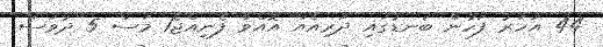
44 އަހަރު ފަހުން ބަނޑުގައި ދަރިއެއް އޮއްވާ ފެނިއްޖެ1 މަސް 5 ދުވަސް